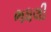
ભધલી